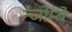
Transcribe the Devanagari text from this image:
न्जोम्बे